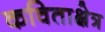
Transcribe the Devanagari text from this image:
कविताक्षेत्र